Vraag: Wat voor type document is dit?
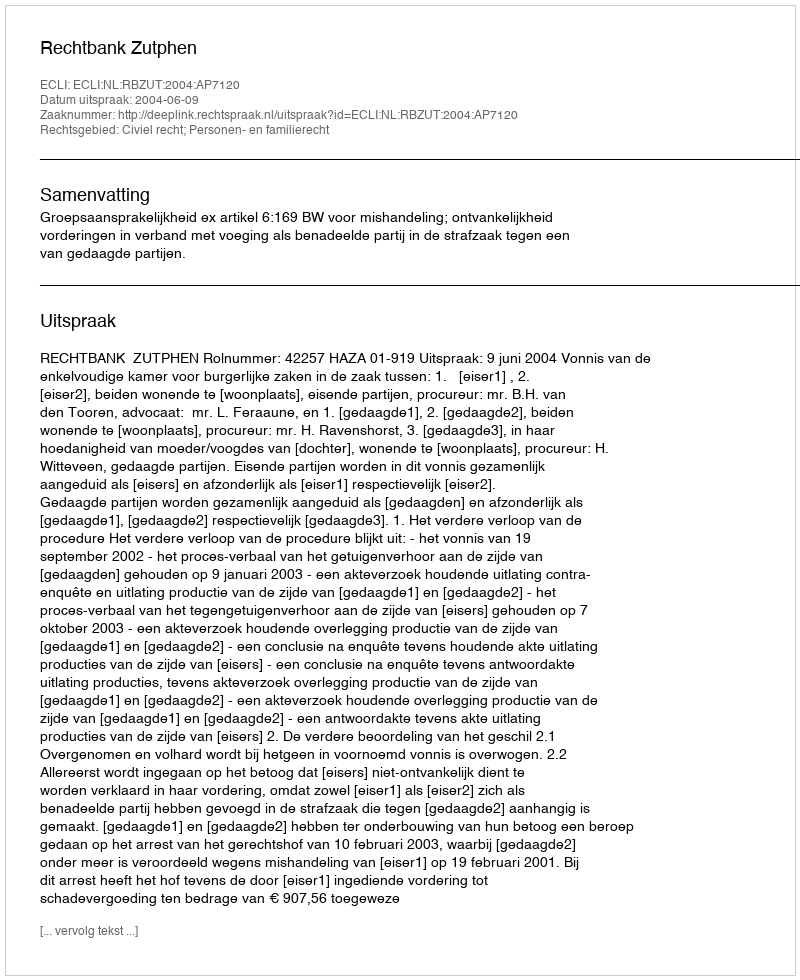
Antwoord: Uitspraak